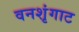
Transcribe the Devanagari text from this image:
वनशृंगाट